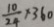
\frac { 1 0 } { 2 4 } \times 3 6 0